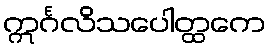
ဣင်္ဂလိသပေါတ္ထကေ